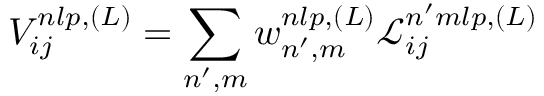
V _ { i j } ^ { n l p , ( L ) } = \sum _ { n ^ { \prime } , m } w _ { n ^ { \prime } , m } ^ { n l p , ( L ) } \mathcal { L } _ { i j } ^ { n ^ { \prime } m l p , ( L ) }